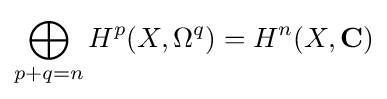
\bigoplus _{p+q=n}H^{p}(X,\Omega ^{q})=H^{n}(X,\mathbf {C} )